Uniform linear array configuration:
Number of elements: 16
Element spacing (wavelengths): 0.5
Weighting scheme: uniform
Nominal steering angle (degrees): -45
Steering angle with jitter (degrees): -46.879
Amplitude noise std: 0.05
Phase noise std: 0.05

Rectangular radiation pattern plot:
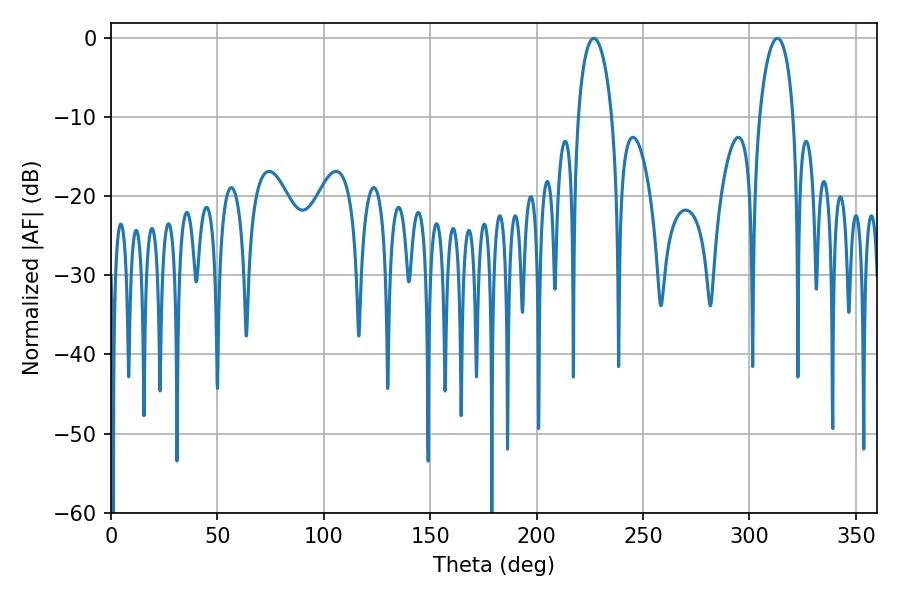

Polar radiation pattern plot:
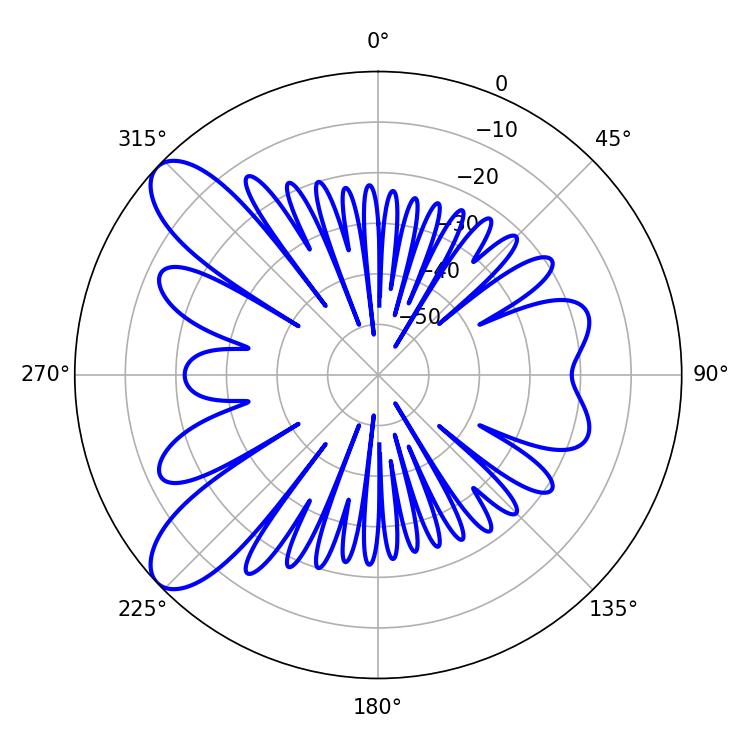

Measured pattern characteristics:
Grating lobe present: FALSE
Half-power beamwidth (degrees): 9.18
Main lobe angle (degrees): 226.8